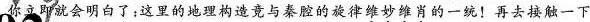
你立即就会明白了；这里的地理构造竟与秦腔的旋律惟妙惟肖的一统！再去接触一下